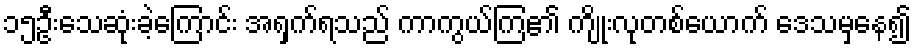
၁၅ဦးသေဆုံးခဲ့ကြောင်း အရှက်ရသည် ကာကွယ်ကြ၏ ကျိုးလုတစ်ယောက် ဒေသမှနေ၍